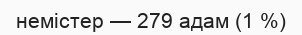
немістер — 279 адам (1 %)